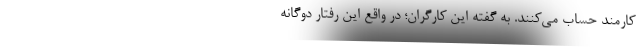
کارمند حساب می‌کنند. به گفته این کارگران؛ در واقع این رفتار دوگانه